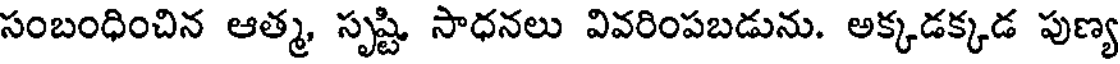
సంబంధించిన ఆత్మ, సృష్టి సాధనలు వివరింపబడును. అక్కడక్కడ పుణ్య